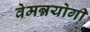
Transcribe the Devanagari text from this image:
वेमन्नयोगी